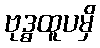
ဗုဒ္ဓထူပမှိ